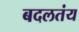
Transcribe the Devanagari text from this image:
बदलतंय